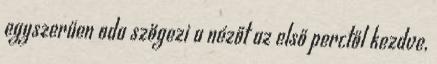
egyszerűen oda szögezi a nézőt az első perctől kezdve,